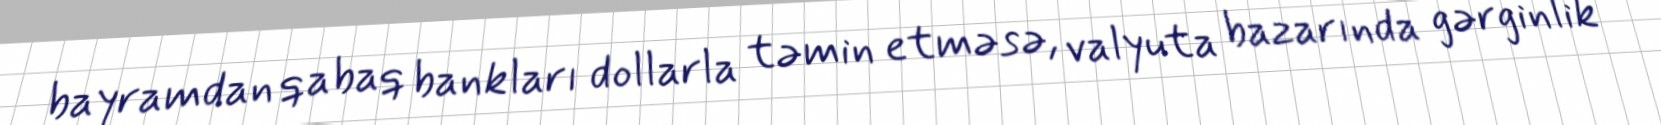
bayramdan qabaq bankları dollarla təmin etməsə, valyuta bazarında gərginlik